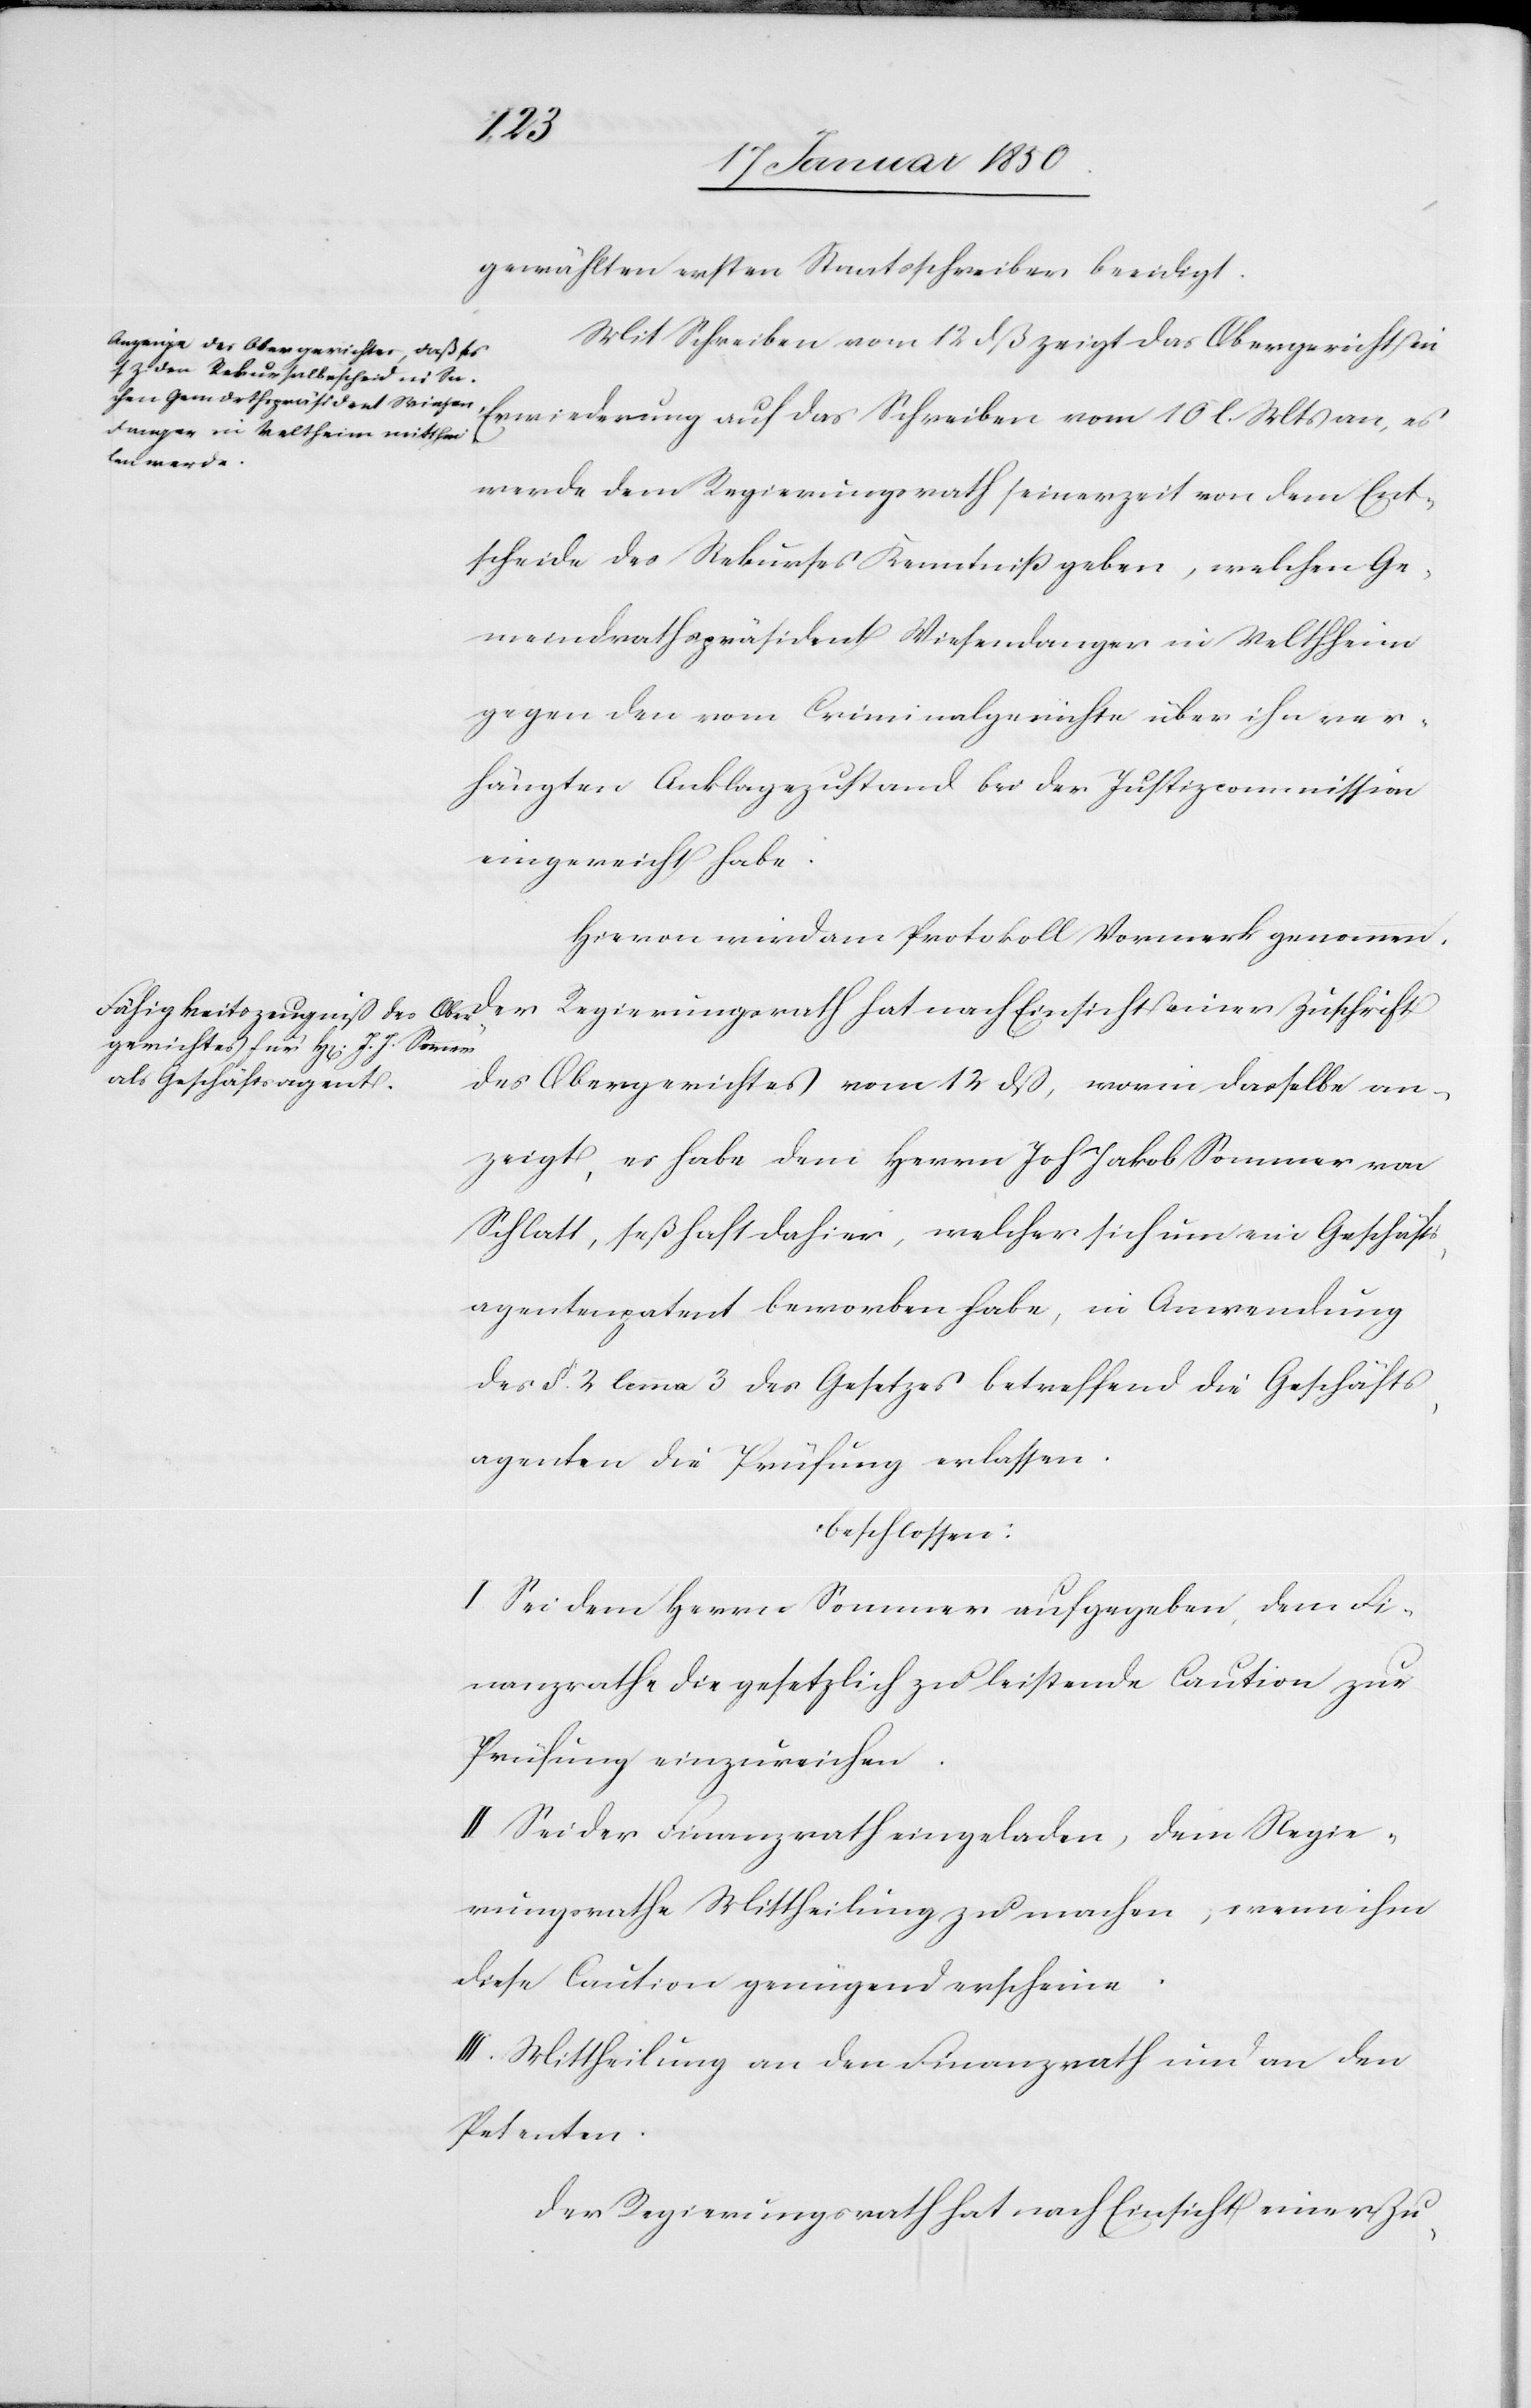
gewählten ersten Staatsschreiber beeidigt.
Mit Schreiben vom 12 dß zeigt das Obergericht in
Erwiederung auf das Schreiben vom 10 l. Mts an, es
werde dem Regierungsrath seinerzeit von dem Ent¬
scheide des Rekurses Kenntniß geben, welchen Ge¬
meindrathspräsident Wiesendanger in Veltheim
gegen den vom Criminalgerichte über ihn ver¬
hängten Anklagezustand bei der Justizcommission
eingereicht habe.
Hievon wird am Protokoll Vormerk genommen.
Der Regierungsrath hat nach Einsicht einer Zuschrift
des Obergerichtes vom 12 dß, worin dasselbe an¬
zeigt, es habe dem Herrn Joh Jakob Sommer von
Schlatt, seßhaft dahier, welcher sich um ein Geschäfts¬
agentenpatent beworben habe, in Anwendung
des §. 2 lemma 3 des Gesetzes betreffend die Geschäfts¬
agenten die Prüfung erlassen.
beschlossen:
I. Sei dem Herrn Sommer aufgegeben, dem Fi¬
nanzrathe die gesetzlich zu leistende Caution zur
Prüfung einzureichen.
II. Sei der Finanzrath eingeladen, dem Regie¬
rungsrathe Mittheilung zu machen, wenn ihm
diese Caution genügend erscheine.
III. Mittheilung an den Finanzrath und an den
Petenten.
Der Regierungsrath hat nach Einsicht einer Zu-